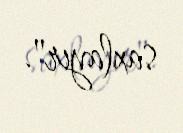
saxlayır".